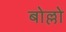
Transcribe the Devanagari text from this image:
बोल्लो